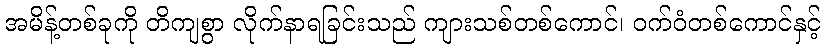
အမိန့်တစ်ခုကို တိကျစွာ လိုက်နာရခြင်းသည် ကျားသစ်တစ်ကောင်၊ ဝက်ဝံတစ်ကောင်နှင့်